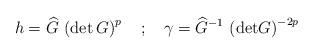
LaTeX: \begin{align*}h= \widehat{G} \, \left( \mbox{det} \, G \right) ^p \quad ; \quad \gamma = \widehat{G}^{-1} \, \left( \mbox{det} G \right) ^{-2p}\end{align*}